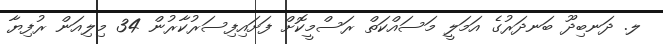
ލ. ދަނބިދޫ ބަނދަރުގެ އަމަލީ މަސައްކަތް ރަސްމީކޮށް ފަށައިފިސަރުކާރުން 34 މިލިއަން ރުފިޔާ